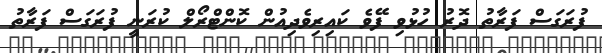
ފުރަގަސް ފަރާތު ދޮރު ހުޅުވި ފޭވެ ކައިރިވެދިއުން ކޮންޓްރޯލް ކުރަނީ ފުރަގަސް ފަރާތު